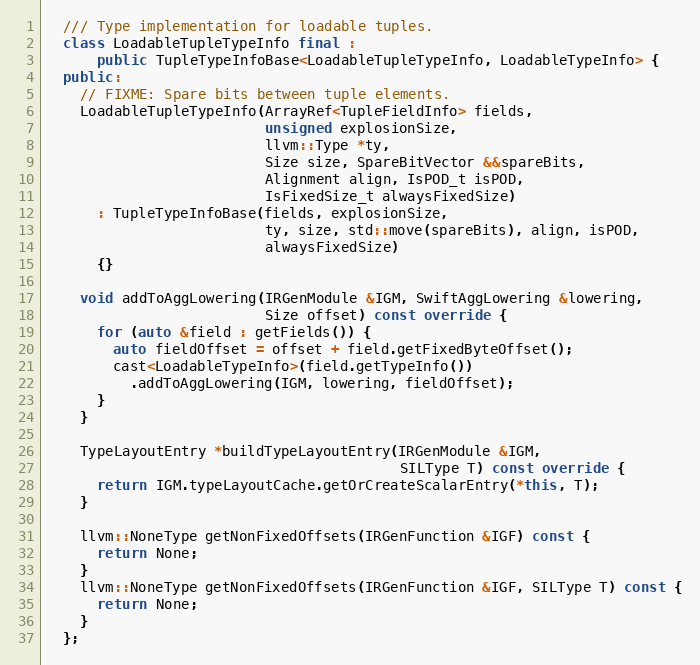
Language: C++
  /// Type implementation for loadable tuples.
  class LoadableTupleTypeInfo final :
      public TupleTypeInfoBase<LoadableTupleTypeInfo, LoadableTypeInfo> {
  public:
    // FIXME: Spare bits between tuple elements.
    LoadableTupleTypeInfo(ArrayRef<TupleFieldInfo> fields,
                          unsigned explosionSize,
                          llvm::Type *ty,
                          Size size, SpareBitVector &&spareBits,
                          Alignment align, IsPOD_t isPOD,
                          IsFixedSize_t alwaysFixedSize)
      : TupleTypeInfoBase(fields, explosionSize,
                          ty, size, std::move(spareBits), align, isPOD,
                          alwaysFixedSize)
      {}

    void addToAggLowering(IRGenModule &IGM, SwiftAggLowering &lowering,
                          Size offset) const override {
      for (auto &field : getFields()) {
        auto fieldOffset = offset + field.getFixedByteOffset();
        cast<LoadableTypeInfo>(field.getTypeInfo())
          .addToAggLowering(IGM, lowering, fieldOffset);
      }
    }

    TypeLayoutEntry *buildTypeLayoutEntry(IRGenModule &IGM,
                                          SILType T) const override {
      return IGM.typeLayoutCache.getOrCreateScalarEntry(*this, T);
    }

    llvm::NoneType getNonFixedOffsets(IRGenFunction &IGF) const {
      return None;
    }
    llvm::NoneType getNonFixedOffsets(IRGenFunction &IGF, SILType T) const {
      return None;
    }
  };